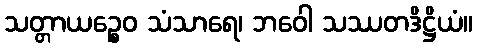
သတ္တာယဉ္စေဝ သံသာရေ၊ ဘဝေါ သဿတဒိဋ္ဌိယံ။